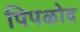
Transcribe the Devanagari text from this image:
पिपळोद